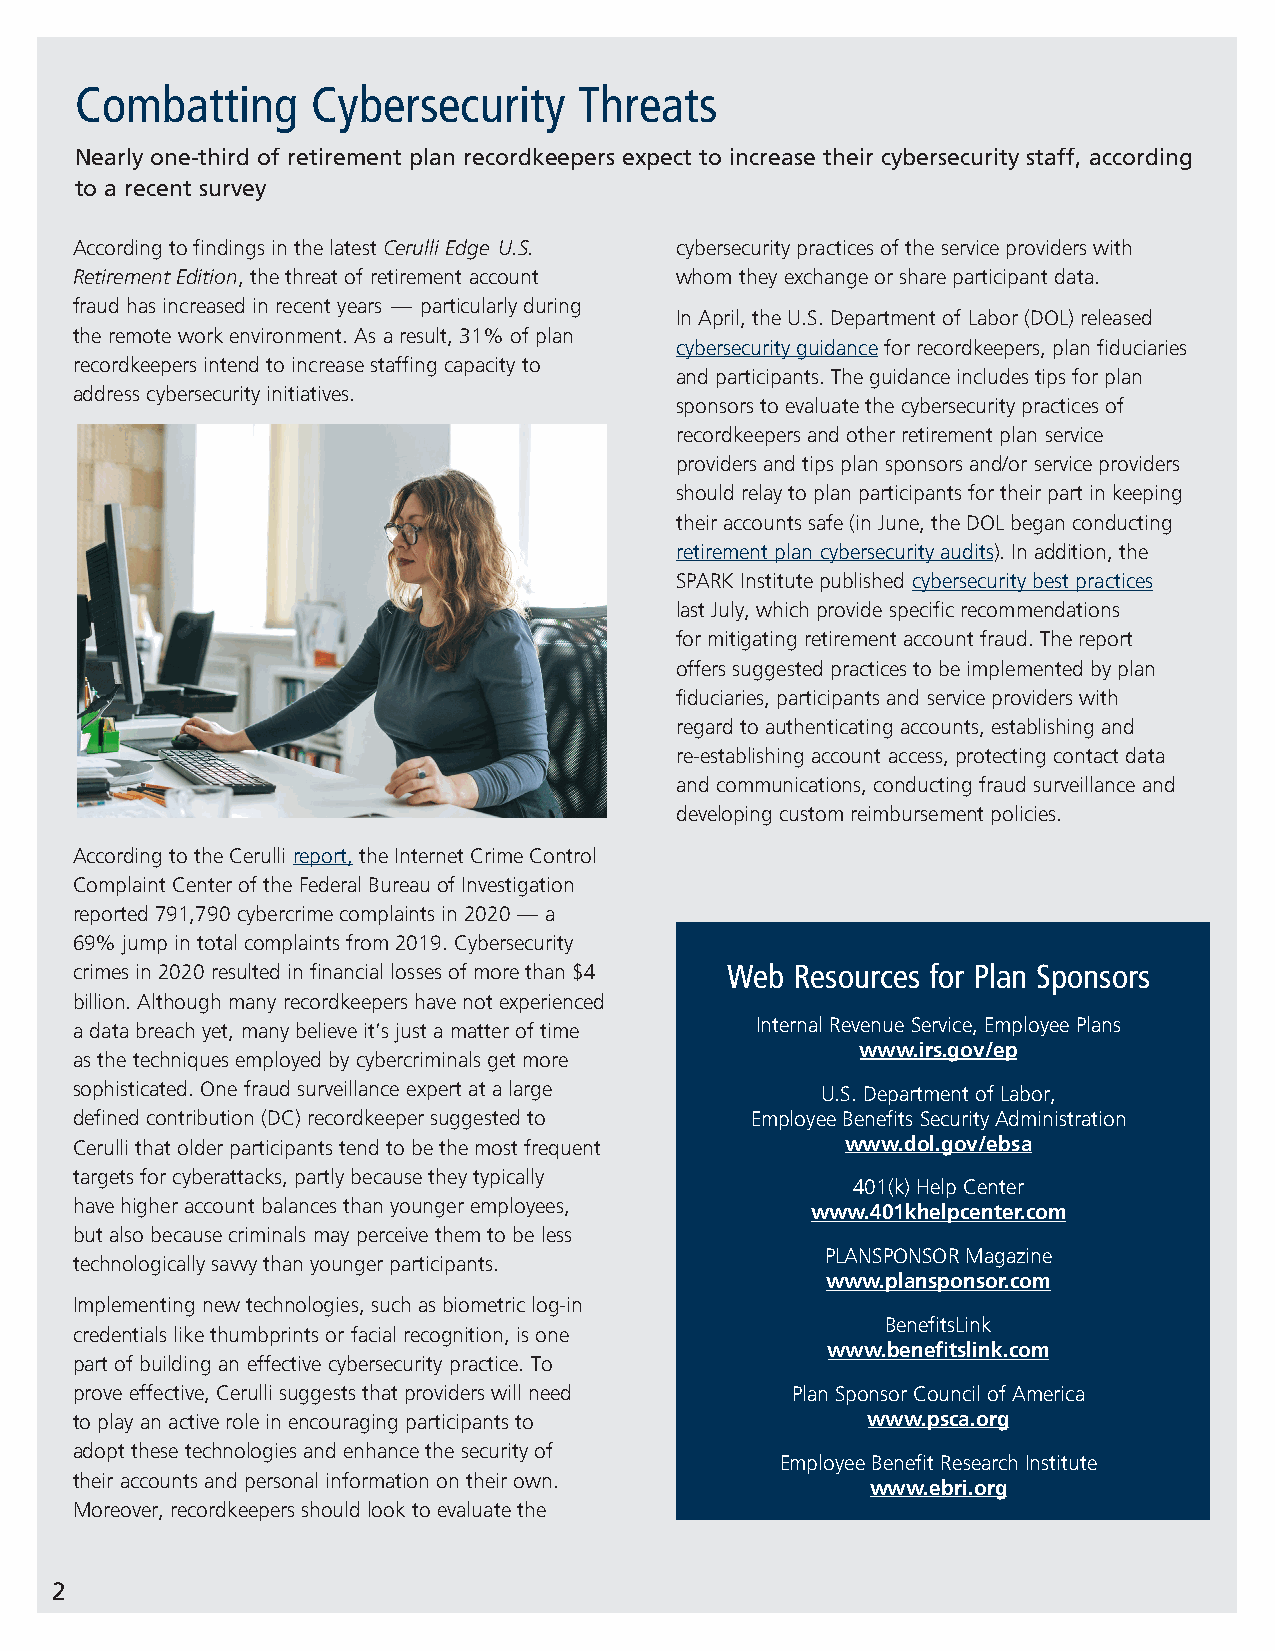
Combatting      Cybersecurity    Threats
 Nearly one-third of retirement plan recordkeepers expect to increase their cybersecurity staff, according
 to a recent survey
 According to findings in the latest Cerulli Edge U.S. cybersecurity practices of the service providers with
 Retirement Edition, the threat of retirement account whom they exchange or share participant data.
 fraud has increased in recent years — particularly during
 In April, the U.S. Department of Labor (DOL) released
 the remote work environment. As a result, 31% of plan
 cybersecurity guidance for recordkeepers, plan fiduciaries
 recordkeepers intend to increase staffing capacity to
 and participants. The guidance includes tips for plan
 address cybersecurity initiatives.
 sponsors to evaluate the cybersecurity practices of
 recordkeepers and other retirement plan service
 providers and tips plan sponsors and/or service providers
 should relay to plan participants for their part in keeping
 their accounts safe (in June, the DOL began conducting
 retirement plan cybersecurity audits). In addition, the
 SPARK Institute published cybersecurity best practices
 last July, which provide specific recommendations
 for mitigating retirement account fraud. The report
 offers suggested practices to be implemented by plan
 fiduciaries, participants and service providers with
 regard to authenticating accounts, establishing and
 re-establishing account access, protecting contact data
 and communications, conducting fraud surveillance and
 developing custom reimbursement policies.
 According to the Cerulli report, the Internet Crime Control
 Complaint Center of the Federal Bureau of Investigation
 reported 791,790 cybercrime complaints in 2020 — a
 69% jump in total complaints from 2019. Cybersecurity
 crimes in 2020 resulted in financial losses of more than $4 Web Resources for Plan Sponsors
 billion. Although many recordkeepers have not experienced
 a data breach yet, many believe it’s just a matter of time Internal Revenue Service, Employee Plans
 www.irs.gov/ep
 as the techniques employed by cybercriminals get more
 sophisticated. One fraud surveillance expert at a large U.S. Department of Labor,
 defined contribution (DC) recordkeeper suggested to Employee Benefits Security Administration
 Cerulli that older participants tend to be the most frequent www.dol.gov/ebsa
 targets for cyberattacks, partly because they typically
 401(k) Help Center
 have higher account balances than younger employees,
 www.401khelpcenter.com
 but also because criminals may perceive them to be less
 PLANSPONSOR Magazine
 technologically savvy than younger participants.
 www.plansponsor.com
 Implementing new technologies, such as biometric log-in
 BenefitsLink
 credentials like thumbprints or facial recognition, is one
 www.benefitslink.com
 part of building an effective cybersecurity practice. To
 prove effective, Cerulli suggests that providers will need Plan Sponsor Council of America
 to play an active role in encouraging participants to www.psca.org
 adopt these technologies and enhance the security of
 Employee Benefit Research Institute
 their accounts and personal information on their own.
 www.ebri.org
 Moreover, recordkeepers should look to evaluate the
 2